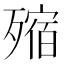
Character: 𣩐